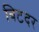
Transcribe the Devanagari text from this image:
बिटदर